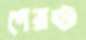
পেরও